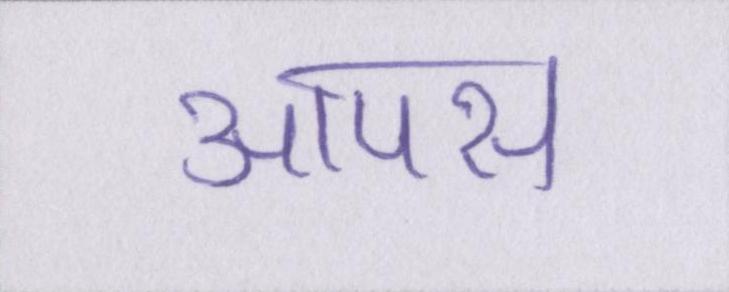
आपस